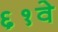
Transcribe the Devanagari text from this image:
६१वे